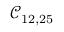
\mathcal { C } _ { 1 2 , 2 5 }